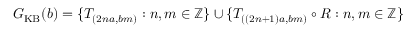
G _ { \mathrm { K B } } ( b ) = \{ T _ { ( 2 n a , b m ) } : n , m \in \mathbb { Z } \} \cup \{ T _ { ( ( 2 n + 1 ) a , b m ) } \circ R : n , m \in \mathbb { Z } \}